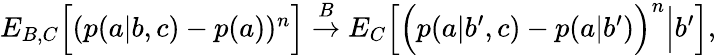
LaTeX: \begin{array}{r}{{E}_{B,C}\Big[(p(a|b,c)-p(a))^{n}\Big]\stackrel{B}{\rightarrow}{E}_{C}\Big[\Big(p(a|b^{\prime},c)-p(a|b^{\prime})\Big)^{n}\Big|b^{\prime}\Big],}\end{array}